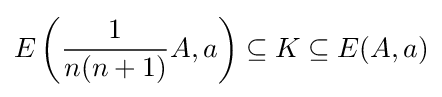
E\left({\frac {1}{n(n+1)}}A,a\right)\subseteq K\subseteq E(A,a)